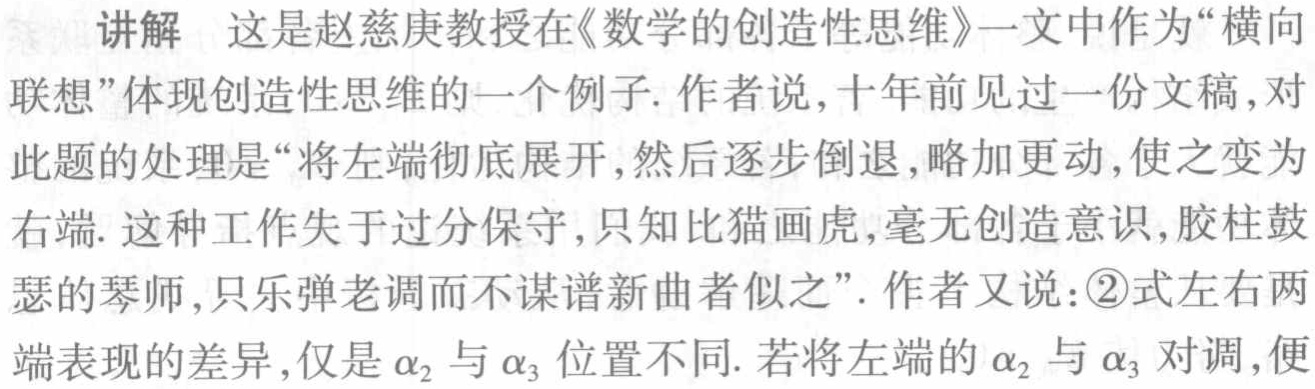
讲解 这是赵慈庚教授在《数学的创造性思维》一文中作为“横向
联想”体现创造性思维的一个例子. 作者说, 十年前见过一份文稿, 对
此题的处理是“将左端彻底展开, 然后逐步倒退, 略加更动, 使之变为
右端. 这种工作失于过分保守, 只知比猫画虎, 毫无创造意识, 胶柱鼓
瑟的琴师, 只乐弹老调而不谋谱新曲者似之”. 作者又说: \textcircled{2}式左右两
端表现的差异, 仅是$\alpha_2$与$\alpha_3$位置不同. 若将左端的$\alpha_2$与$\alpha_3$对调, 便